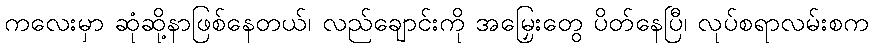
ကလေးမှာ ဆုံဆို့နာဖြစ်နေတယ်၊ လည်ချောင်းကို အမြှေးတွေ ပိတ်နေပြီ၊ လုပ်စရာလမ်းစက